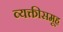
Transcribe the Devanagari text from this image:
व्यक्तीसमूह